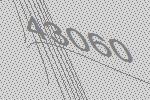
43060